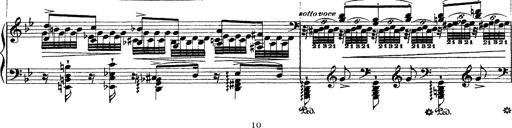
Title: Ã‰tudes d'exÃ©cution transcendante d'aprÃ¨s Paganini
Composer: Franz Liszt